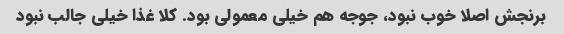
برنجش اصلا خوب نبود، جوجه هم خیلی معمولی بود. کلا غذا خیلی جالب نبود